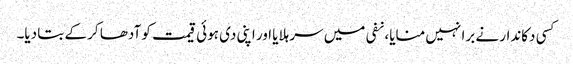
کسی دکاندار نے برا نہیں منایا، نفی میں سر ہلایا اور اپنی دی ہوئی قیمت کو آدھا کر کے بتا دیا۔